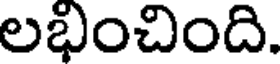
లభించింది.